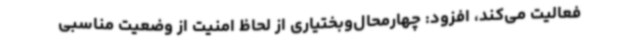
فعالیت می‌کند، افزود: چهارمحال‌وبختیاری از لحاظ امنیت از وضعیت مناسبی